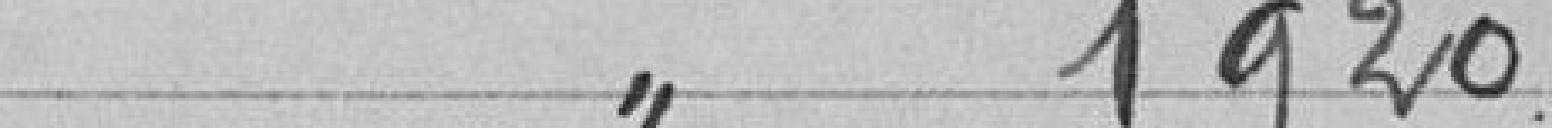
Classe 1920